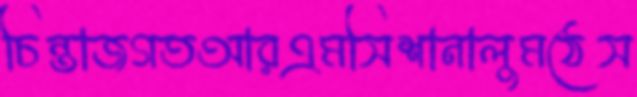
চিন্তাজগতআরএমসিশানালুমঠেস